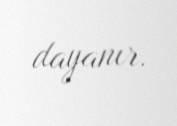
dayanır.